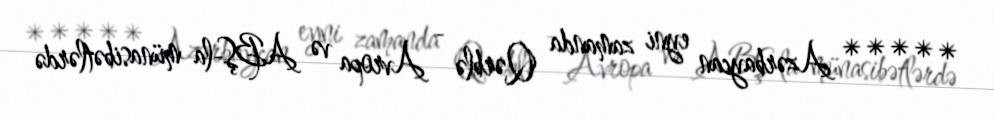
***** Azərbaycan eyni zamanda Qərblə - Avropa və ABŞ-la münasibətlərdə